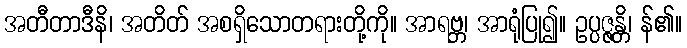
အတီတာဒီနိ၊ အတိတ် အစရှိသောတရားတို့ကို။ အာရဗ္ဘ၊ အာရုံပြု၍။ ဥပ္ပဇ္ဇန္တိ၊ န်၏။